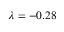
\lambda = - 0 . 2 8